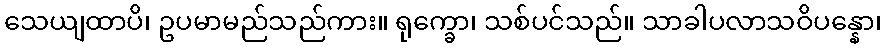
သေယျထာပိ၊ ဥပမာမည်သည်ကား။ ရုက္ခော၊ သစ်ပင်သည်။ သာခါပလာသဝိပန္နော၊